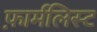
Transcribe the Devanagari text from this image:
फ़ार्मलिस्ट